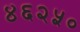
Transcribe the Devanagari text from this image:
४६२५०